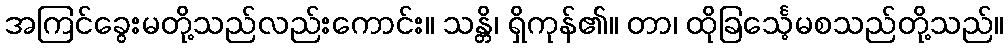
အကြင်ခွေးမတို့သည်လည်းကောင်း။ သန္တိ၊ ရှိကုန်၏။ တာ၊ ထိုခြင်္သေ့မစသည်တို့သည်။